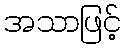
အသာဖြင့်